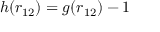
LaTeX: h ( r _ { 1 2 } ) = g ( r _ { 1 2 } ) - 1